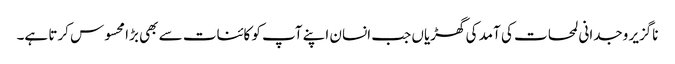
ناگزیر وجدانی لمحات کی آمد کی گھڑیاں جب انسان اپنے آپ کو کائنات سے بھی بڑا محسوس کرتا ہے۔